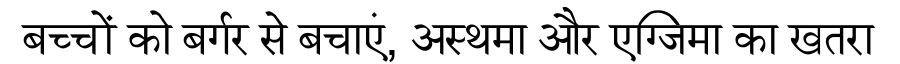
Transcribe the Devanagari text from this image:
बच्चों को बर्गर से बचाएं, अस्थमा और एग्जिमा का खतरा